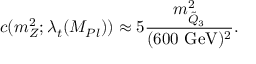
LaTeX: c ( m _ { Z } ^ { 2 } ; \lambda _ { t } ( M _ { P l } ) ) \approx 5 \frac { m _ { \tilde { Q } _ { 3 } } ^ { 2 } } { ( \mathrm { 6 0 0 ~ G e V } ) ^ { 2 } } .